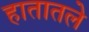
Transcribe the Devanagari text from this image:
हातातले